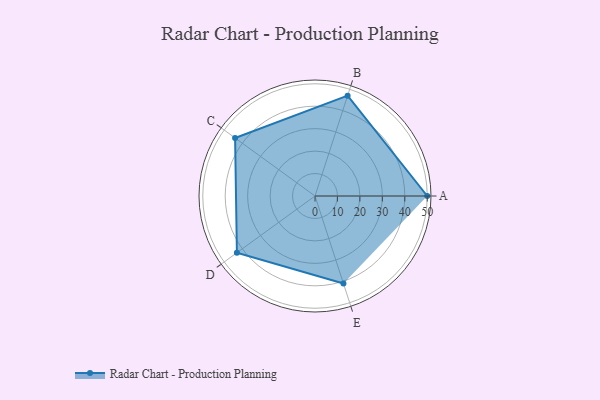
{"axis": {"x": "Skill", "y": "Score"}, "legend": ["Profile"], "data": [{"x": "A", "y": 50.0, "type": "Profile"}, {"x": "B", "y": 47.0, "type": "Profile"}, {"x": "C", "y": 44.0, "type": "Profile"}, {"x": "D", "y": 43.0, "type": "Profile"}, {"x": "E", "y": 41.0, "type": "Profile"}]}